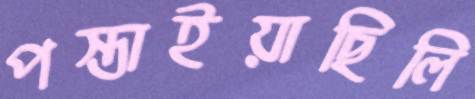
পস্তাইয়াছিলি